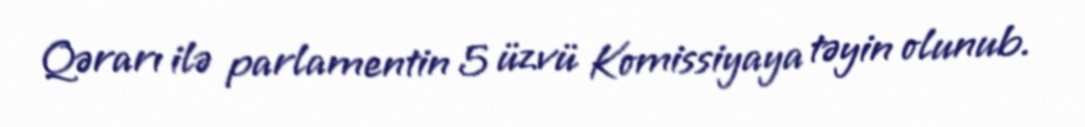
Qərarı ilə parlamentin 5 üzvü Komissiyaya təyin olunub.